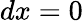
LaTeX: dx=0